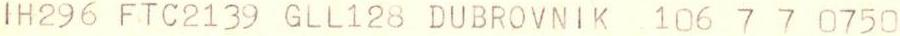
IH296 FTC2139 GLL128 DUBROVNIK 106 7 7 0750